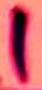
Text: 1